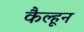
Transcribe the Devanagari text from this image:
कैल्हून